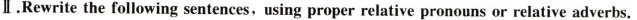
Ⅱ.Rewrite the following sentences,using proper relative pronouns or relative adverbs.